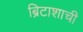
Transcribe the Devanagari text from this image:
ब्रिटाशाची